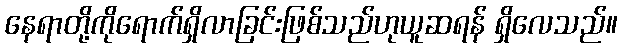
နေရာတို့ကိုရောက်ရှိလာခြင်းဖြစ်သည်ဟုယူဆရန် ရှိလေသည်။